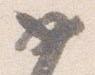
如